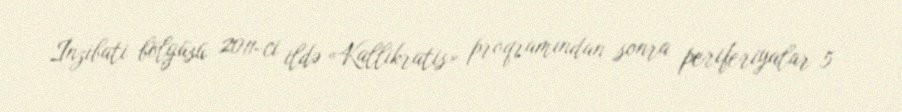
İnzibati bölgüsü 2011-ci ildə «Kallikratis» proqramından sonra periferiyalar 5